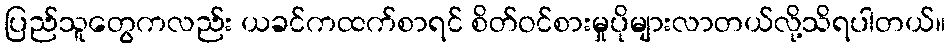
ပြည်သူတွေကလည်း ယခင်ကထက်စာရင် စိတ်ဝင်စားမှုပိုများလာတယ်လို့သိရပါတယ်။